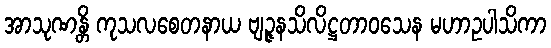
အာသုဏန္တိ ကုသလစေတနာယ ဗျဉ္ဇနသိလိဋ္ဌတာဝသေန မဟာဥပါသိကာ